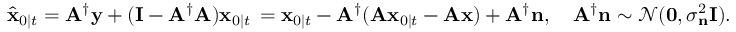
\hat { \mathbf { x } } _ { 0 \mid t } = \mathbf { A } ^ { \dagger } \mathbf { y } + ( \mathbf { I } - \mathbf { A } ^ { \dagger } \mathbf { A } ) \mathbf { x } _ { 0 \mid t } \, = \mathbf { x } _ { 0 \mid t } - \mathbf { A } ^ { \dagger } ( \mathbf { A } \mathbf { x } _ { 0 \mid t } - \mathbf { A } \mathbf { x } ) + \mathbf { A } ^ { \dagger } \mathbf { n } , \quad \mathbf { A } ^ { \dagger } \mathbf { n } \sim \mathcal { N } ( \mathbf { 0 } , \sigma _ { \mathbf { n } } ^ { 2 } \mathbf { I } ) .